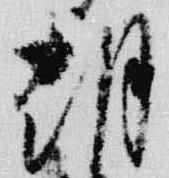
朝